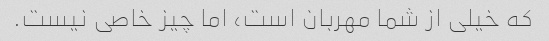
که خیلی از شما مهربان است، اما چیز خاصی نیست.